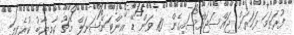
ފުރަތަމަ ފަހަރަށް ޖައްސަޖައްސައިގެން 10 ވަން ޑޭ އިންޓަނޭޝަނަލް މެޗު ކާމިޔާބު ކުރެވިފަ